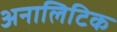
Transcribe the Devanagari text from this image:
अनालिटिक